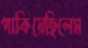
পাকিয়েছিলেম